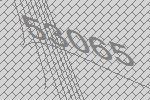
53065